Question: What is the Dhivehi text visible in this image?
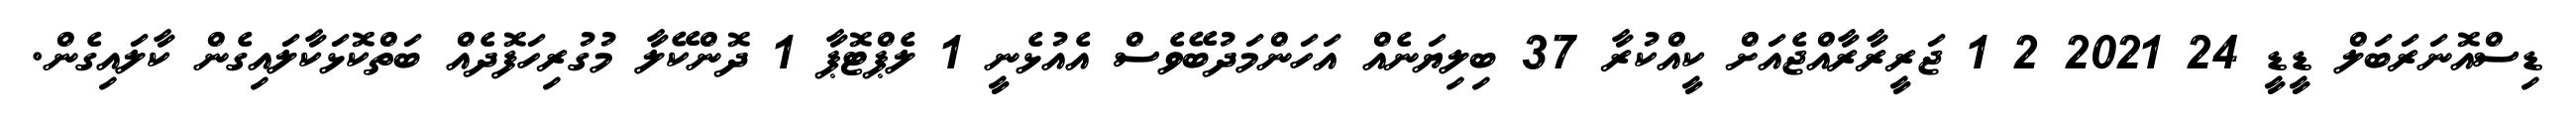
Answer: ޑިސްއޮނަރަބަލް ޑީޑީ 24 2021 2 1 ޖަރީރާރާއްޖެއަށް ކީއްކުރާ 37 ބިލިޔަނެއް އަހަންމަދުބޭވެސް އެއުޅެނީ 1 ލެޕްޓޮޕާ 1 ދޮންކޭލާ މުގުރިހަފޮދެއް ބަތްކޮޅަކާލައިގެން ކާލައިގެން.